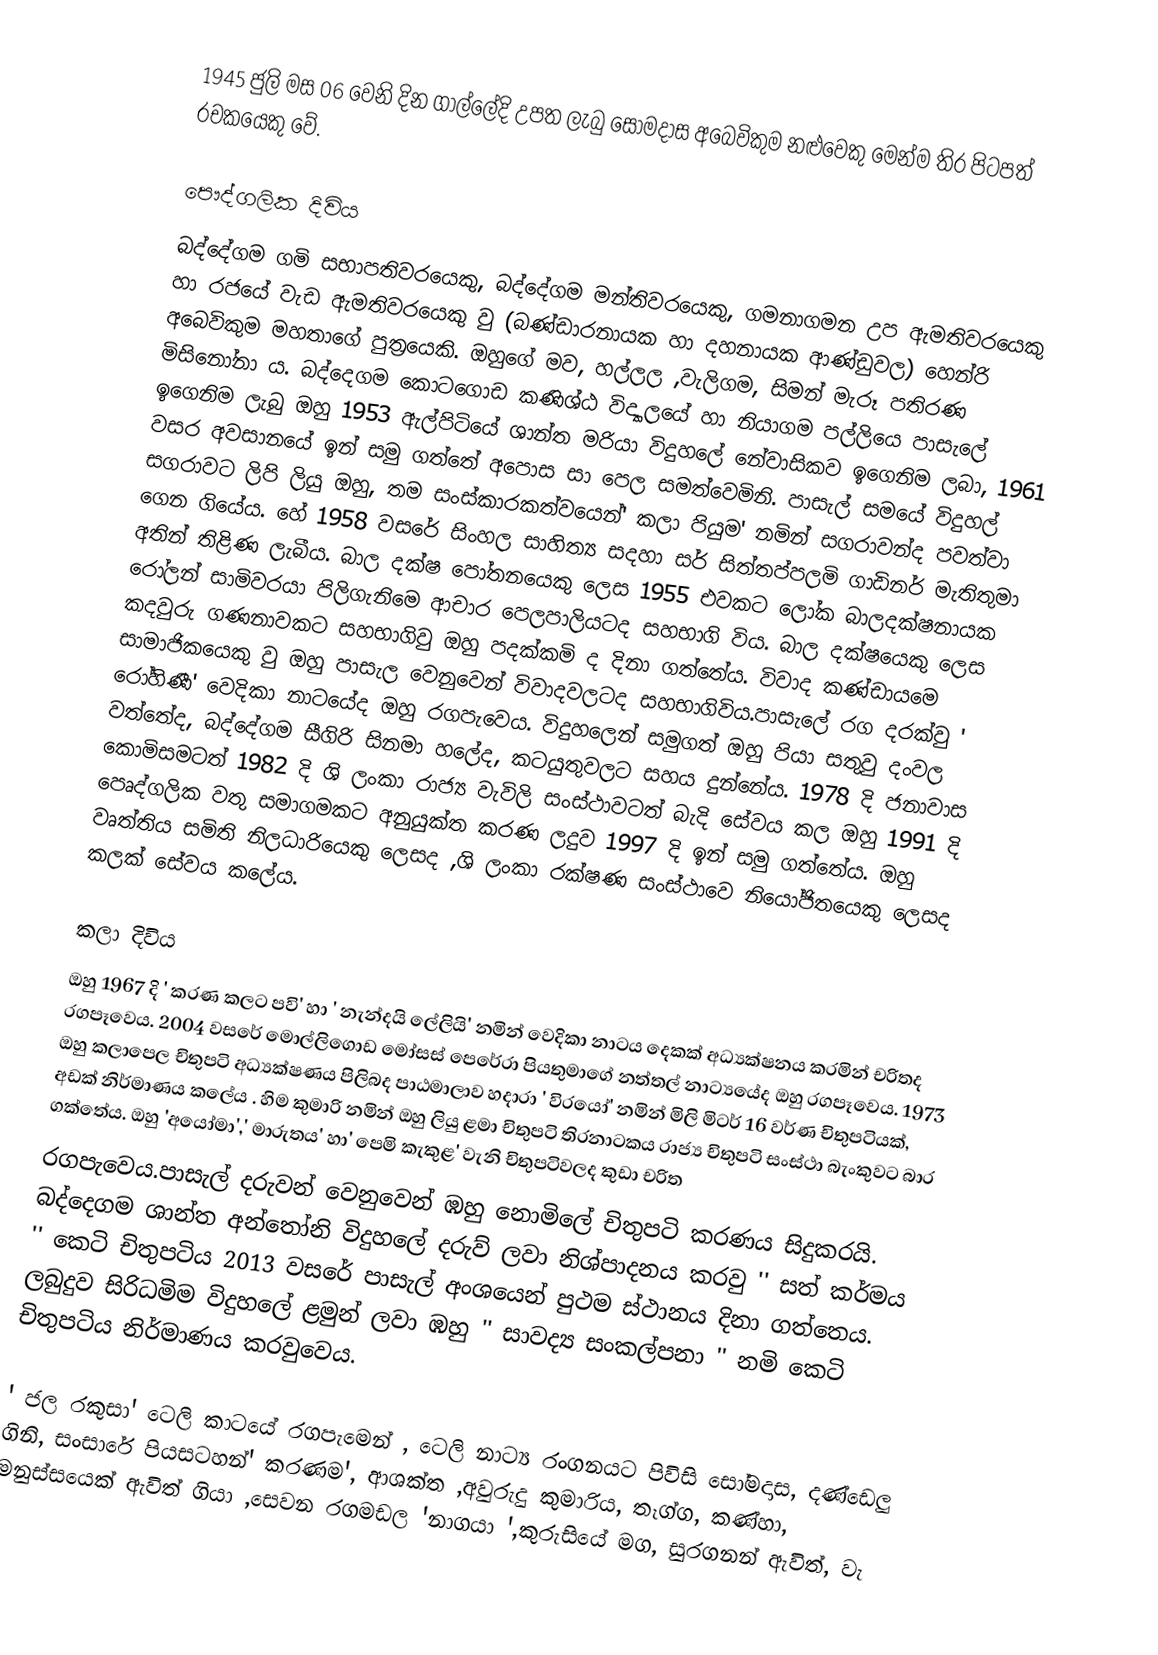
1945 ජුලි මස 06 වෙනි දින ගාල්ලේදි උපත ලැබු සෝමදාස අබෙවිකුම නළුවෙකු මෙන්ම තිර පිටපත් රචකයෙකු වේ.

පෞද්ගලික දිවිය
බද්දේගම ගමි සභාපතිවරයෙකු, බද්දේගම මන්තිවරයෙකු, ගමනාගමන උප ඇමතිවරයෙකු හා රජයේ වැඩ ඇමතිවරයෙකු වු (බණ්ඩාරනායක හා දහනායක ආණ්ඩුවල) හෙන්රි අබෙවිකුම මහතාගේ පුත්‍රයෙකි.  ඔහුගේ මව, හල්ලල ,වැලිගම, සිමන් මැරූ පතිරණ මිසිනෝනා ය. බද්දෙගම කොටගොඩ කණිශ්ඨ විද්‍යාලයේ හා නියාගම පල්ලියෙ පාසැලේ ඉගෙනිම ලැබු ඔහු 1953 ඇල්පිටියේ ශාන්ත මරියා විදුහලේ නේවාසිකව ඉගෙනිම ලබා, 1961 වසර අවසානයේ ඉන් සමු ගත්තේ අපොස සා පෙල සමත්වෙමිනි. පාසැල් සමයේ විදුහල් සගරාවට ලිපි ලියු ඔහු, තම සංස්කාරකත්වයෙන්' කලා පියුම' නමින් සගරාවන්ද පවත්වා ගෙන ගියේය. හේ 1958 වසරේ සිංහල සාහිත්‍ය සදහා සර් සිත්තප්පලමි ගාඩිනර් මැතිතුමා අතින් තිළිණ ලැබීය. බාල දක්ෂ පෝතනයෙකු ලෙස 1955 එවකට ලෝක බාලදක්ෂනායක රෝලන් සාමිවරයා පිලිගැනිමෙ ආචාර පෙලපාලියටද සහභාගි විය. බාල දක්ෂයෙකු ලෙස කදවුරු ගණනාවකට සහභාගිවු ඔහු පදක්කමි ද දිනා ගත්තේය. විවාද කණ්ඩායමෙ සාමාජිකයෙකු වු ඔහු පාසැල වෙනුවෙන් විවාදවලටද සහභාගිවිය.පාසැලේ රග දරක්වු ' රෝහිණී' වෙදිකා නාටයේද ඔහු රගපැවෙය.                                        විදුහලෙන් සමුගත් ඔහු පියා සතුවු දංවල වත්තේද, බද්දේගම සීගිරි සිනමා හලේද, කටයුතුවලට සහය දුන්නේය. 1978 දි ජනාවාස කොමිසමටත් 1982 දි ශි ලංකා රාජ්‍ය වැවිලි සංස්ථාවටත් බැදි සේවය කල ඔහු ‍1991 දි පෙෘද්ගලික වතු සමාගමකට අනුයුක්ත කරණ ලදුව 1997 දි ඉන් සමු ගත්තේය. ඔහු වෘත්තිය සමිති නිලධාරියෙකු ලෙසද ,ශි ලංකා රක්ෂණ සංස්ථාවෙ නියෝජිතයෙකු ලෙසද කලක් සේවය කලේය.

කලා දිවිය
ඔහු 1967 දි ' කරණ කලට පවි' හා ' නැන්දයි ලේලියි' නමින් වෙදිකා නාටය දෙකක් අධ්‍යක්ෂනය කරමින් චරිතද රගපෑවෙය.  2004 වසරේ මොල්ලිගොඩ මෝසස් පෙරේරා පියතුමාගේ නත්තල් නාට්‍යයේද ඔහු රගපෑවෙය. 1973 ඔහු කලාපෙල චිතුපටි අධ්‍යක්ෂණය පිලිබද පාඨමාලාව හදාරා ' විරයෝ' නමින් මිලි මිටර් 16 වර්ණ චිතුපටියක්, අඩක් නිර්මාණය කලේය . හිම කුමාරි නමින් ඔහු ලියු ළමා චිතුපටි තිරනාටකය රාජ්‍ය චිතුපටි සංස්ථා බැංකුවට බාර ගක්තේය. ඔහු 'අයෝමා',' මාරුතය' හා' පෙමි කැකුළ' වැනි චිතුපටිවලද කුඩා චරිත
රගපැවෙය.පාසැල් දරුවන් වෙනුවෙන් ඹහු නොමිලේ චිතුපටි කරණය  සිදුකරයි. බද්දෙගම ශාන්ත අන්තෝනි විදුහලේ දරුව් ලවා නිශ්පාදනය කරවු '' සත් කර්මය '' කෙටි චිතුපටිය 2013 වසරේ පාසැල් අංශයෙන් පුථම ස්ථානය දිනා ගත්තෙය. ලබුදුව සිරිධමිම විදුහලේ ළමුන් ලවා ඹහු '' සාවද්‍ය සංකල්පනා '' නමි කෙටි චිතුපටිය නිර්මාණය කරවුවෙය.

' ජල රකුසා' ටෙලි කාටයේ රගපැමෙන් , ටෙලි නාට්‍ය රංගනයට පිවිසි සෝමදාස, දණ්ඩෙලු ගිනි, සංසාරේ පියසටහන්' කරණම', ආශක්ත ,අවුරුදු කුමාරිය, තෑග්ග, කණ්හා, මනුස්සයෙක් ඇවිත් ගියා ,සෙවන රගමඩල 'නාගයා ',කුරුසියේ මග, සුරගනන් ඇවිත්, වැ